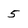
Character: 5